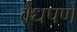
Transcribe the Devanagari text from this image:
वैधपणे